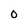
Character: 0